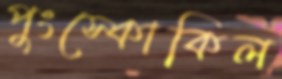
পুংস্কোকিল